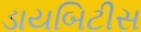
ડાયબિટીસ